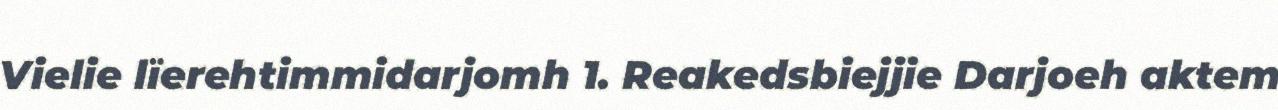
Vielie lïerehtimmidarjomh 1. Reakedsbiejjie Darjoeh aktem